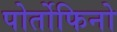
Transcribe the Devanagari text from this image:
पोर्तोफिनो